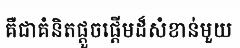
គឺជាគំនិតផ្តួចផ្តើមដ៏សំខាន់មួយ